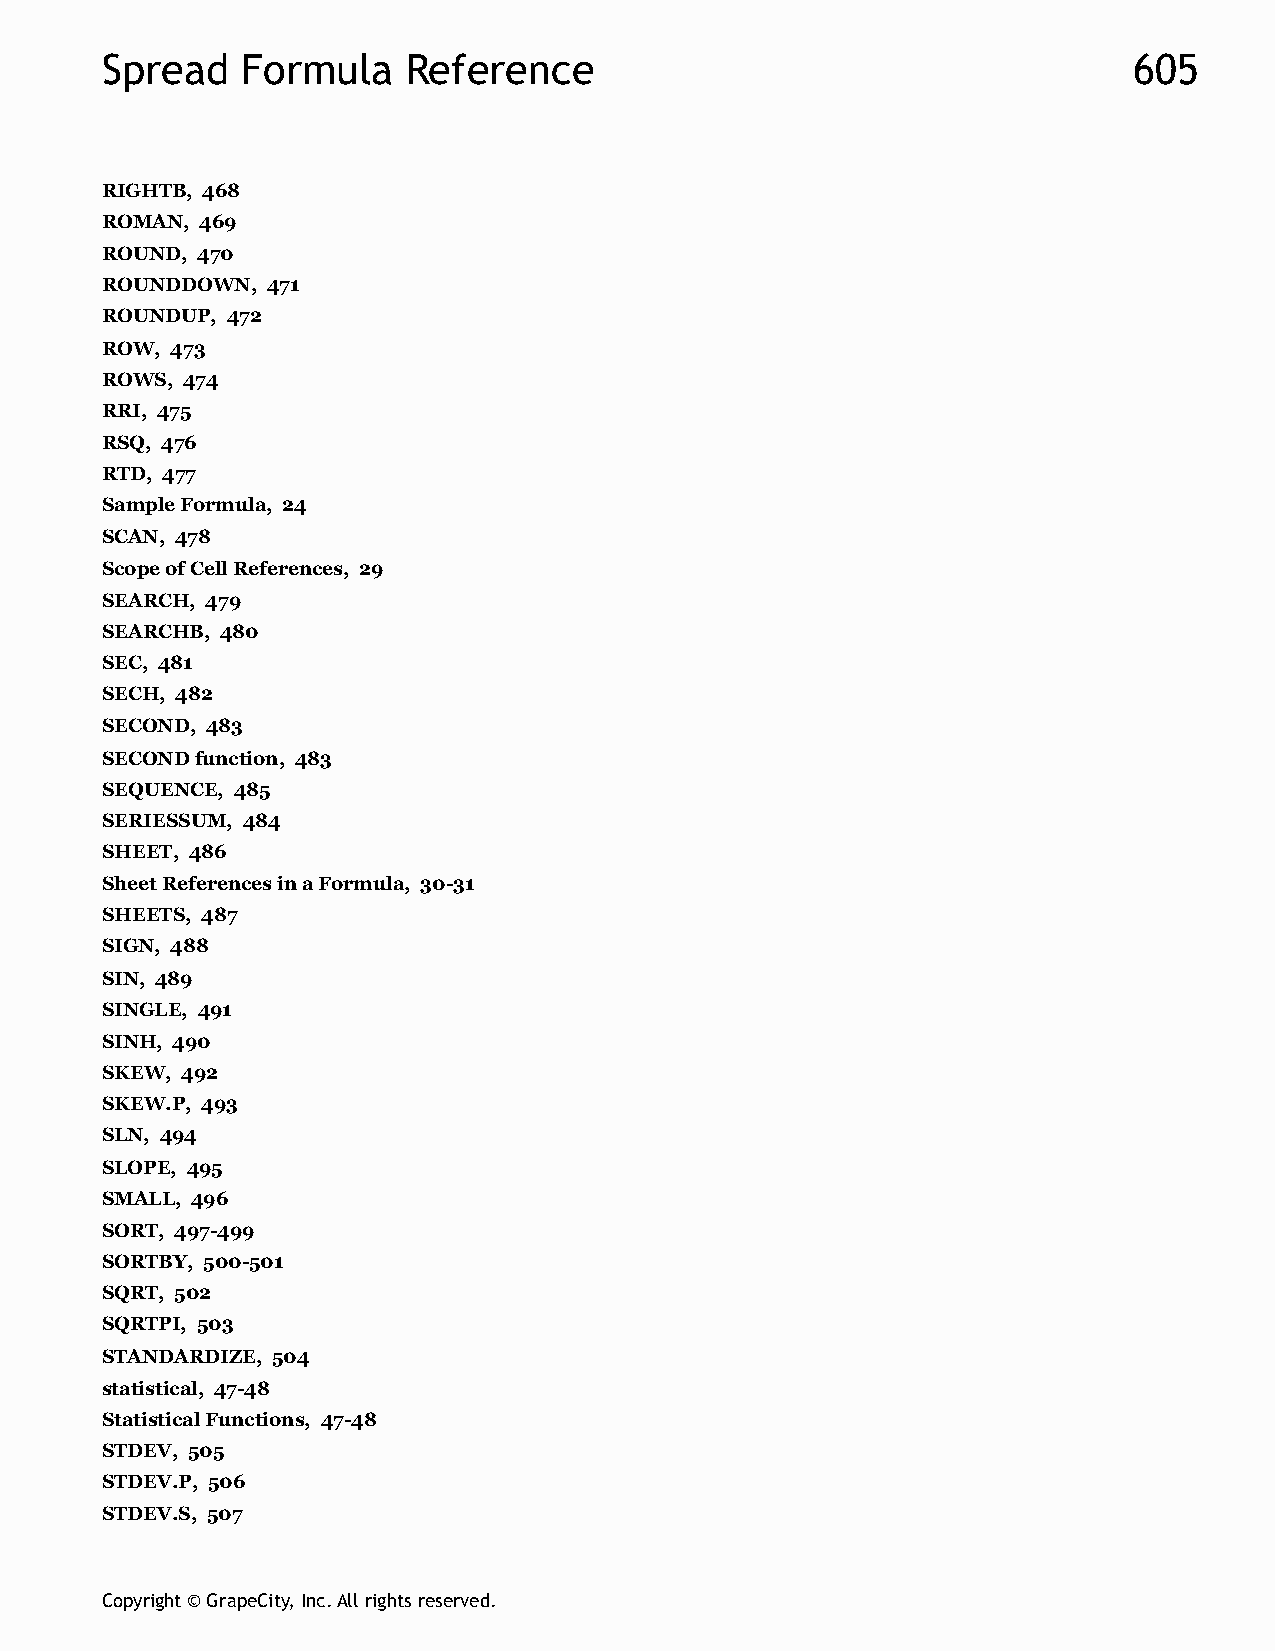
Spread   Formula    Reference                                       605
 RIGHTB, 468
 ROMAN, 469
 ROUND, 470
 ROUNDDOWN, 471
 ROUNDUP, 472
 ROW, 473
 ROWS, 474
 RRI, 475
 RSQ, 476
 RTD, 477
 Sample Formula, 24
 SCAN, 478
 Scope of Cell References, 29
 SEARCH, 479
 SEARCHB, 480
 SEC, 481
 SECH, 482
 SECOND, 483
 SECOND function, 483
 SEQUENCE, 485
 SERIESSUM, 484
 SHEET, 486
 Sheet References in a Formula, 30-31
 SHEETS, 487
 SIGN, 488
 SIN, 489
 SINGLE, 491
 SINH, 490
 SKEW, 492
 SKEW.P, 493
 SLN, 494
 SLOPE, 495
 SMALL, 496
 SORT, 497-499
 SORTBY, 500-501
 SQRT, 502
 SQRTPI, 503
 STANDARDIZE, 504
 statistical, 47-48
 Statistical Functions, 47-48
 STDEV, 505
 STDEV.P, 506
 STDEV.S, 507
 Copyright © GrapeCity, Inc. All rights reserved.